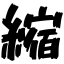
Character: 縮